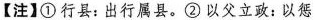
【注】①行县：出行属县。②以父立政：以惩